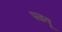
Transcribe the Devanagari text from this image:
पळवू